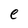
Character: e